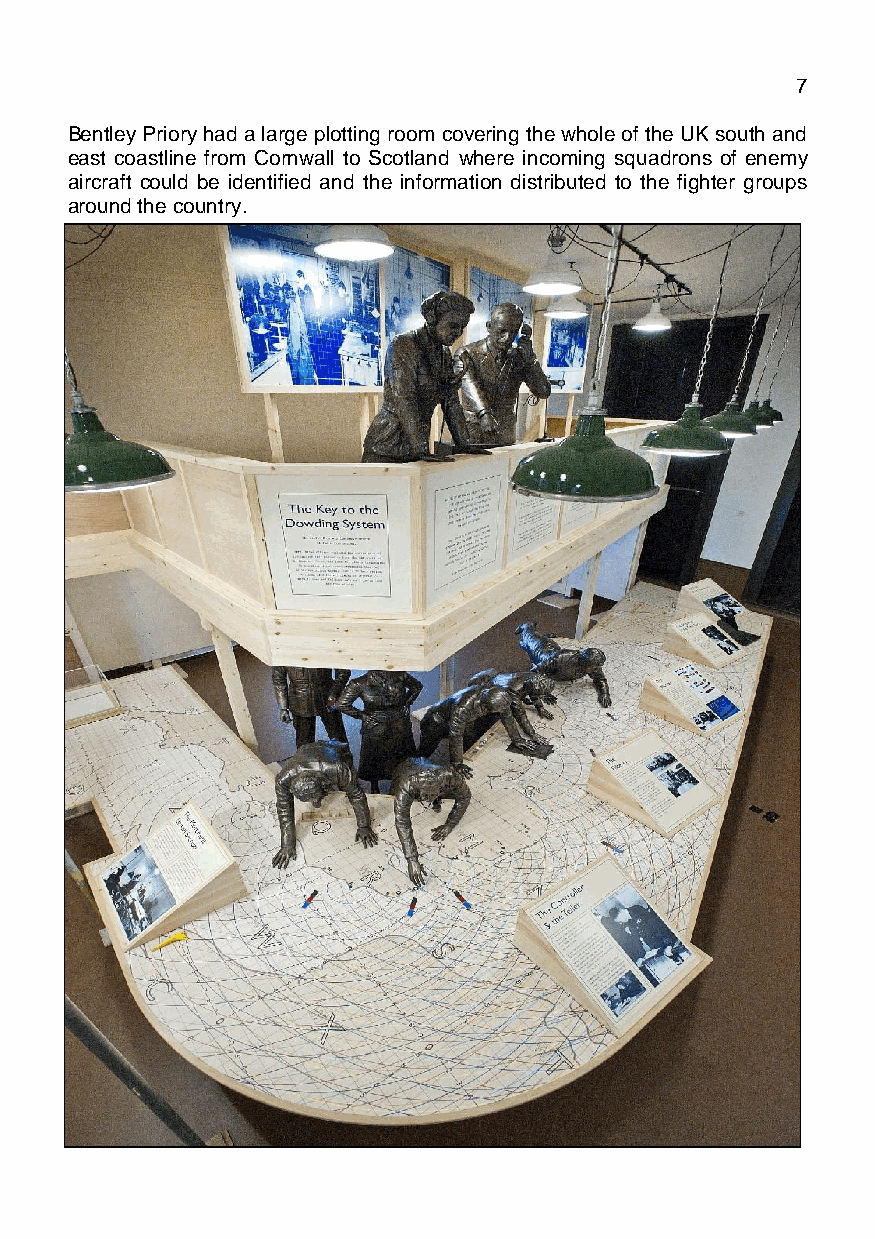
March 2021                                  Page 7
 Bentley Priory had a large plotting room covering the whole of the UK south and
 east coastline from Cornwall to Scotland where incoming squadrons of enemy
 aircraft could be identified and the information distributed to the fighter groups
 around the country.